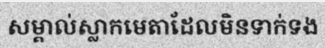
សម្គាល់ស្លាកមេតាដែលមិនទាក់ទង